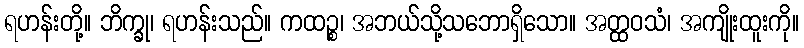
ရဟန်းတို့။ ဘိက္ခု၊ ရဟန်းသည်။ ကထဉ္စ၊ အဘယ်သို့သဘောရှိသော။ အတ္ထဝသံ၊ အကျိုးထူးကို။